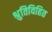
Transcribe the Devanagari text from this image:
श्रुतिविहित